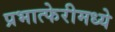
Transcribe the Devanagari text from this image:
प्रभात्फेरीमध्ये